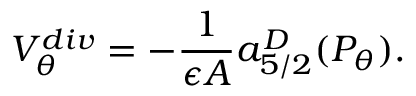
V _ { \theta } ^ { d i v } = - { \frac { 1 } { \epsilon { \cal A } } } a _ { 5 / 2 } ^ { D } ( P _ { \theta } ) .